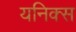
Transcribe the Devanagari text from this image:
यनिक्स